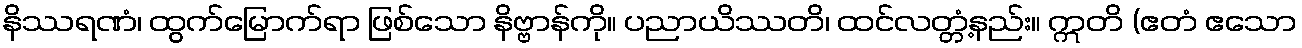
နိဿရဏံ၊ ထွက်မြောက်ရာ ဖြစ်သော နိဗ္ဗာန်ကို။ ပညာယိဿတိ၊ ထင်လတ္တံ့နည်း။ ဣတိ (ဧတံ ဧသော